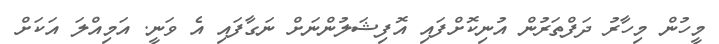
މީހުން މިހާރު ދަފްތަރުން އުނިކޮށްފައި އޮފިޝަލުންނަށް ނަގާފައި އެ ވަނީ. އަމިއްލަ އަކަށް